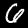
Label: 6